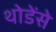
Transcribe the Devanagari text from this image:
थोडेंसे